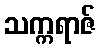
သက္ကရာဇ်